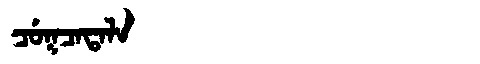
Manchu: ᠴᡠᡴᠴᠠᡨᠠᠯᠠ
Romanization: CUKCATALA